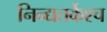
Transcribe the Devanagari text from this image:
निन्द्यतर्केश्च